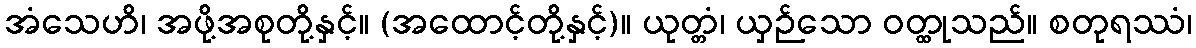
အံသေဟိ၊ အဖို့အစုတို့နှင့်။ (အထောင့်တို့နှင့်)။ ယုတ္တံ၊ ယှဉ်သော ဝတ္ထုသည်။ စတုရဿံ၊